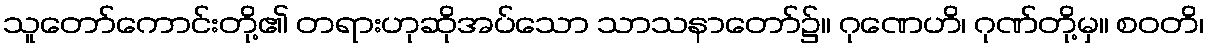
သူတော်ကောင်းတို့၏ တရားဟုဆိုအပ်သော သာသနာတော်၌။ ဂုဏေဟိ၊ ဂုဏ်တို့မှ။ စဝတိ၊